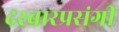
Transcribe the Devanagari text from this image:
दरबारप्रसंगी